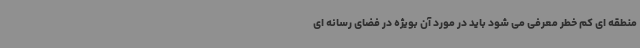
منطقه ای کم خطر معرفی می شود باید در مورد آن بویژه در فضای رسانه ای